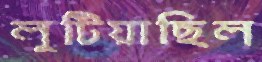
লুটিয়াছিল